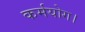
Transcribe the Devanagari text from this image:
कर्मयोग।